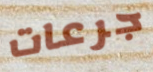
جرعات